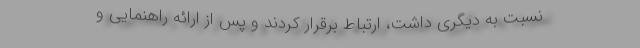
نسبت به دیگری داشت، ارتباط برقرار کردند و پس از ارائه راهنمایی و